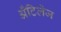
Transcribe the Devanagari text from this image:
अँटिलेज